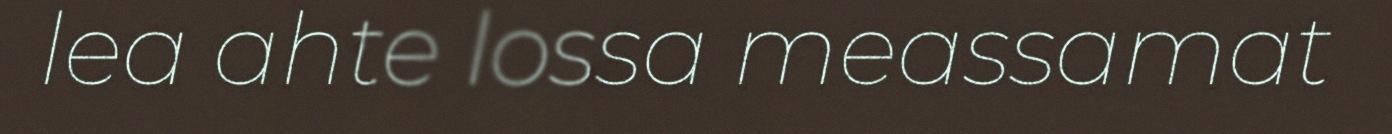
lea ahte lossa meassamat